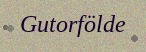
Gutorfölde